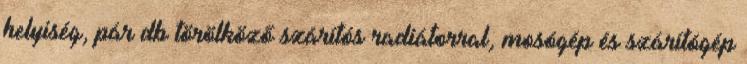
helyiség, pár db törölköző szárítós radiátorral, mosógép és szárítógép